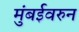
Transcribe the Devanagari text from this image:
मुंबईवरुन